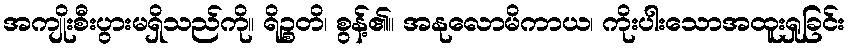
အကျိုးစီးပွားမရှိသည်ကို။ ရိဉ္စတိ၊ စွန့်၏။ အနုလောမိကာယ၊ ကိုးပါးသောအထူးရှုခြင်း